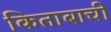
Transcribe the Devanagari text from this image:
किताबाची